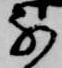
な